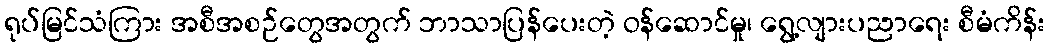
ရုပ်မြင်သံကြား အစီအစဉ်တွေအတွက် ဘာသာပြန်ပေးတဲ့ ဝန်ဆောင်မှု၊ ရွေ့လျားပညာရေး စီမံကိန်း